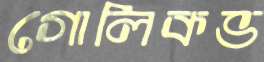
গোলিকভ